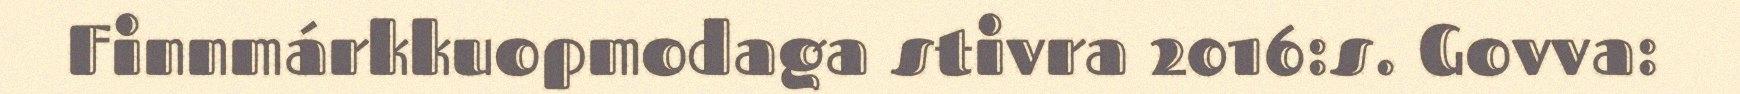
Finnmárkkuopmodaga stivra 2016:s. Govva: